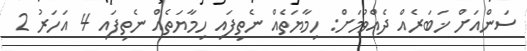
ސަންއަށް ޚަބަރެއް ދެއްވުމަށް: ހިމާޔަތެއް ނެތިފައި ހިމާޔަތެއް ނެތިފައި 4 އަހަރު 2